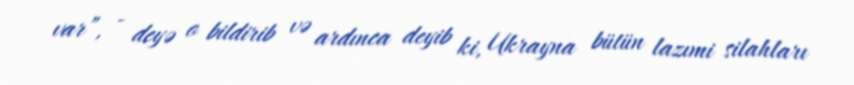
var”, - deyə o bildirib və ardınca deyib ki, Ukrayna bütün lazımi silahları